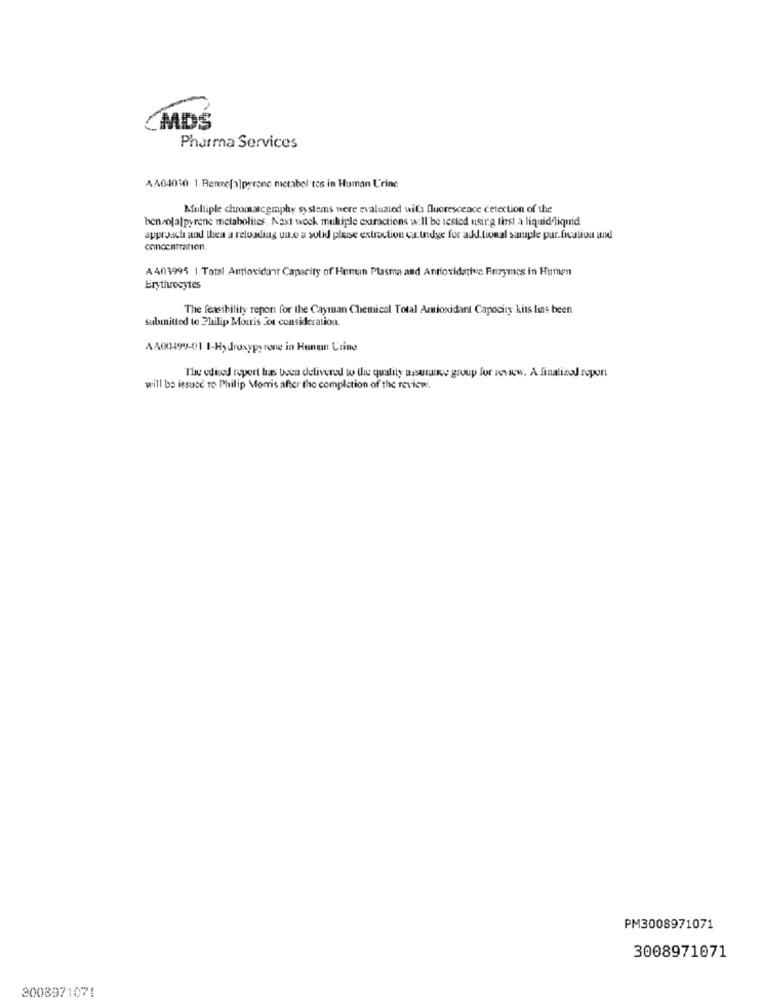
MDS
Pharma Services
AA04010 | Renge[a]perone metabol tes in Human Urine
Multiple chromatcgmphy systems were evaluated wifi fluorescence detection of the
benzolalpyrene metabolites. Next week multiple extractions will be tested using first a liquid liquid
approach and thea a reloading un.o a solid plese extraction caundge for add tional suple pur.fication and
concentration,
A403995 | Total Antioxidanir Capacity of Human Plasma and Antioxidative Finzymes in Humen
Erythrocytes
The feasibility report for the Cayman Chemical Total Antioxidant Capacity kits lias been
submitted to Philip Morris Jot consideration.
AA00499-01 1-Hydroxypyrone in Hunun Cring
The edited report has been delivered to the quality assurance group fur rowwww. A finalized report
will be itsucc to Philip Morris after the completion of the review.
PM3008971071
3008971071
3008971071